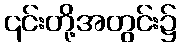
၎င်းတို့အတွင်း၌